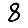
Digit: 8